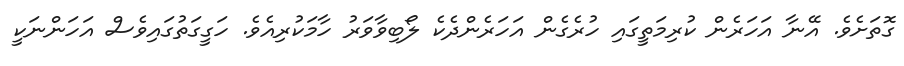
ގޮތަށެވެ. އޭނާ އަހަރެން ކުރިމަތީގައި ހުރެގެން އަހަރެންދެކެ ލޯބިވާވަރު ހާމަކުރިއެވެ. ހަގީގަތުގައިވެސް އަހަންނަކީ